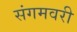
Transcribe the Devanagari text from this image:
संगमवरी